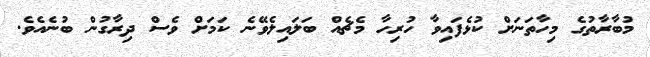
މުބާރާތުގެ މިހާތަނަށް ކުޅެފައިވާ ހުރިހާ މެޗެއް ބަލައިލެވޭނެ ކަަމަށް ވެސް ދިރާގުން ބުނެއެވެ.